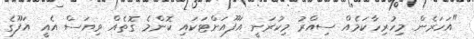
"އަހަރެން މިހުރިހާކަމެއް ސިއްރު މިކުރަނީ އަފޫއަށްޓަކައި ކޮންމެ ގޮތެއް ވިޔަސް އެއީ އަފޫގެ